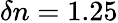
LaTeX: \delta n=1.25